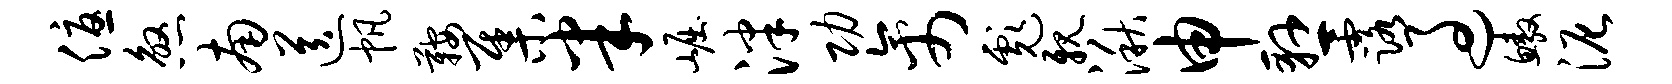
优煞南送帆鞍集半崛泮功禽彪亲湫申悬露过鳌泥